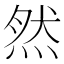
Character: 然